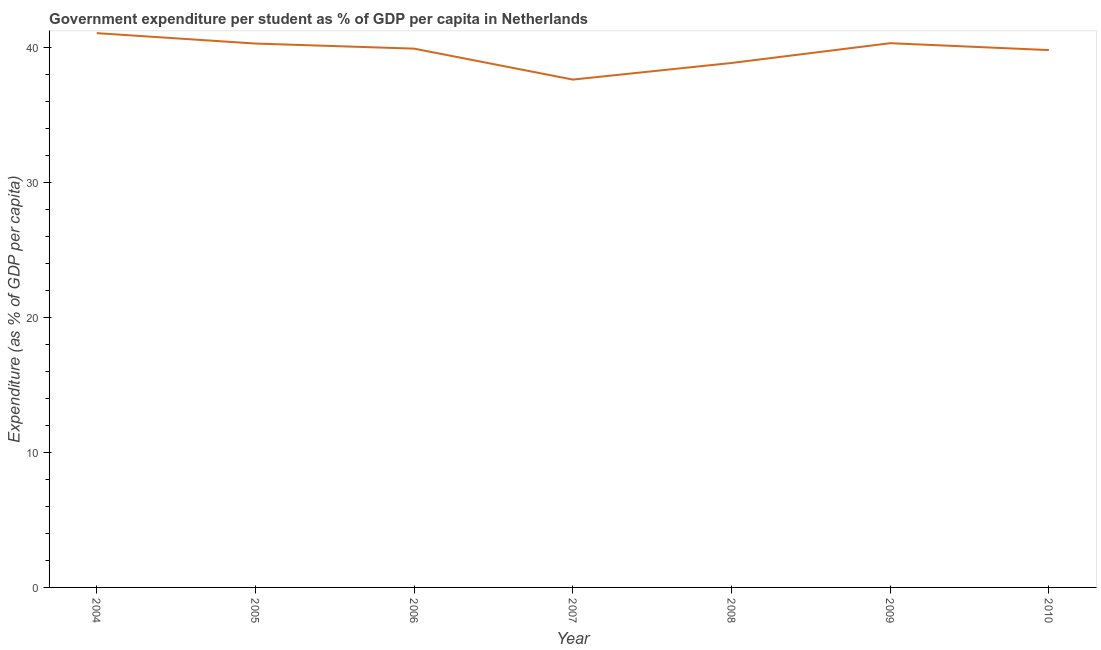
| Year | Government expenditure per tertiary student |
 | --- | --- |
 | 2004 | 41 |
 | 2005 | 40.3 |
 | 2006 | 39.9 |
 | 2007 | 37.6 |
 | 2008 | 38.8 |
 | 2009 | 40.3 |
 | 2010 | 39.8 |